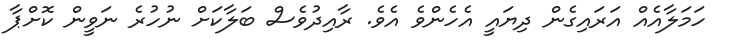
ހަމަލާއެއް އަރައިގެން ދިޔައީ އެހެންވެ އެވެ. ރާއިދުވެސް ބަލާކަށް ނުހުރެ ނަވީން ކޮށްޕާ